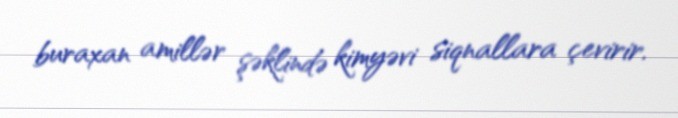
buraxan amillər şəklində kimyəvi siqnallara çevirir.